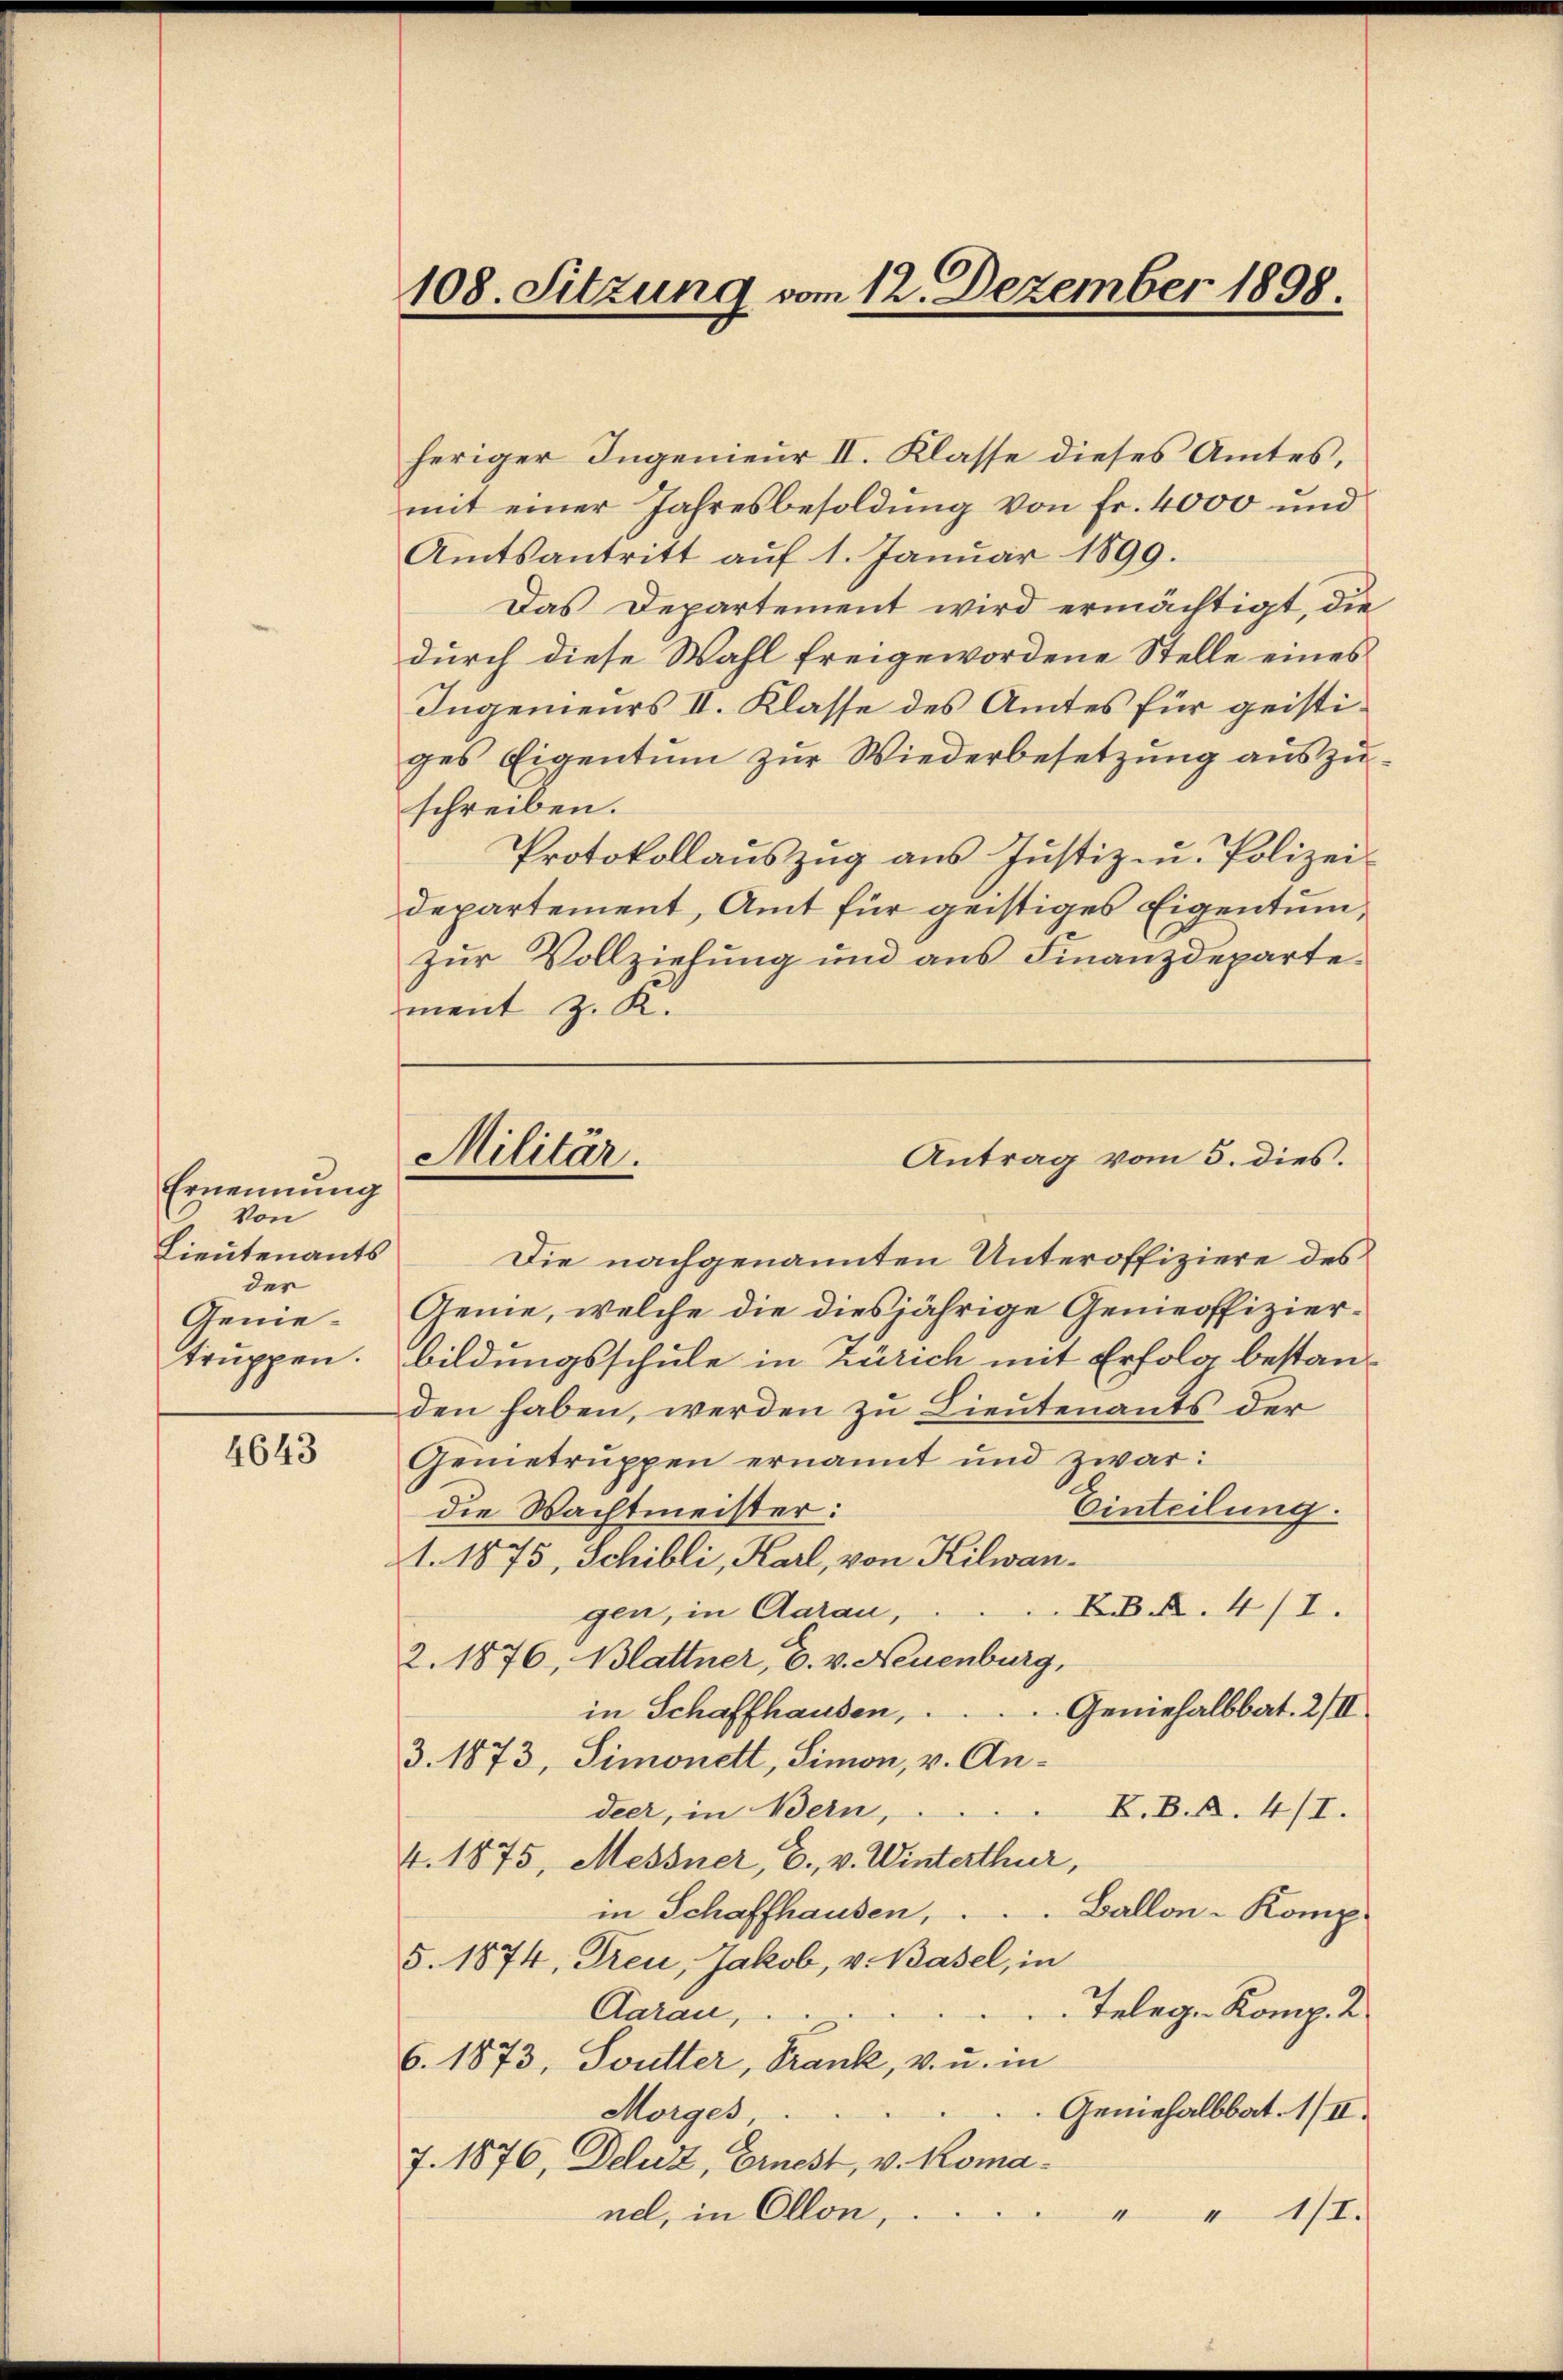
Ernennung
Von
Lieutenants
der
Genietruppen.

4643

108. Sitzung vom 12. Dezember 1898.

heriger Ingenieur II. Klasse dieses Amtes,
mit einer Jahresbesoldŭng von fr. 4000 und
Amtsantritt auf 1. Januar 1899.
Das Departement wird ermächtigt, die
durch diese Wahl freigewordene Stelle eines
Ingenieurs II. Klasse des Amtes für geistiges Eigentum zur Wiederbesetzung auszuschreiben.
Protokollaŭszŭg aŭs Jŭstiz zu. Polizei-
departement, Amt für geistiges Eigentum,
zur Vollziehung und aus Finanzdepartement z. K.
Die nachgenannten Unteroffiziere des
Gemie, welche die diesjährige Genieoffizierbildungsschule in Zürich mit Erfolg bestanden haben, werden zu Lieutenants der
Gemetruppen ernannt und zwar:
Einteilung.
die Wachtmeister:
1. 1875, Schibli, Karl, von Kilwan¬
R. 4/1.
gen, in Aarau,
2. 1876, Blattner, C. v. Neuenburg,
Geniehalbbat. 2/II
in Schaffhausen,
3. 1873, Simonett, Simon, v. An¬
K.B.A. 4/1.
deer, in Bern,
4. 1875, Messner, E., v. Winterthur,
in Schaffhausen, . . . Ballon - Komp
5. 1874, Treu, Jakob, v. Basel, in
Telege Komp. 2
Aarau,
6. 1873, Soutter, Trank, v. u. in
Geniehalbbat. 1/II.
Morges,
7. 1876, Deluz, Ernest, v. Komanel, in Ollon,
1/I.

Militär.

Antrag vom 5. dies.